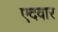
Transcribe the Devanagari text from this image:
एदवार